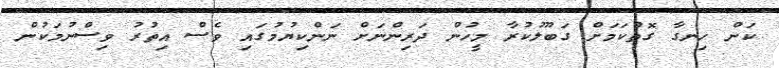
ކަން ހިނގާ ގޮތްކަމަށް ގަބޫލުކުރާ މީހުން ދަރިންނަށް ނަންކިޔުމުގައި ވެސް އިތުރު ވިސްނުމަކުން